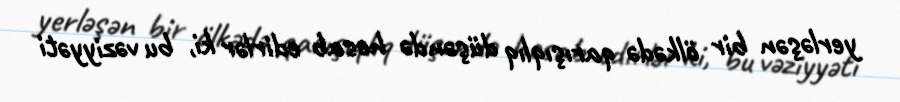
yerləşən bir ölkədə qarışıqlıq düşəndə hesab edirlər ki, bu vəziyyəti